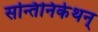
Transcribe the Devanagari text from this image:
सन्तिनिकेथन्